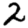
Digit: 2